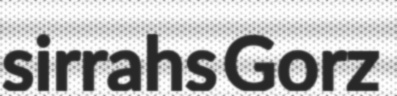
sirrahs Gorz